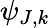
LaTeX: \psi_{J,k}